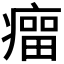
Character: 𰣾